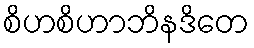
စိဟစိဟာဘိနဒိတေ